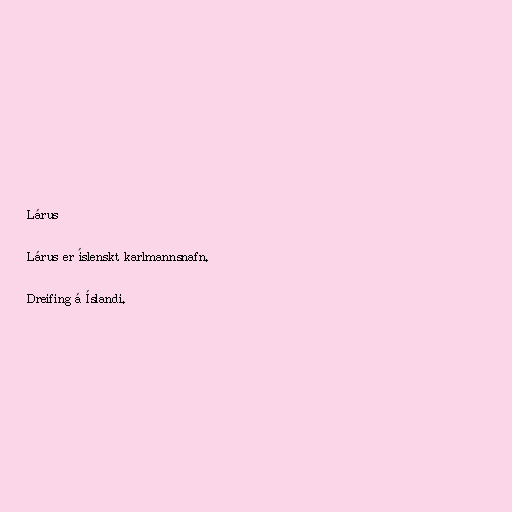
Lárus

Lárus er íslenskt karlmannsnafn.

Dreifing á Íslandi.